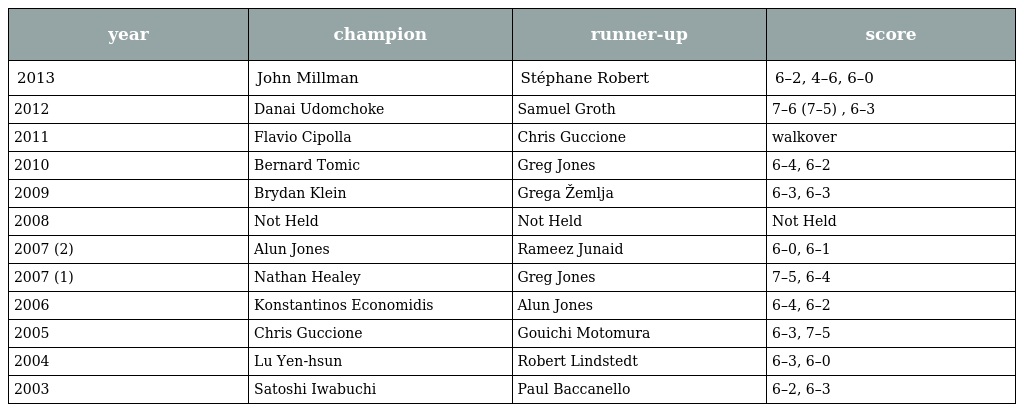
| year | champion | runner-up | score |
 | --- | --- | --- | --- |
 | 2013 | John Millman | Stéphane Robert | 6–2, 4–6, 6–0 |
 | 2012 | Danai Udomchoke | Samuel Groth | 7–6 (7–5) , 6–3 |
 | 2011 | Flavio Cipolla | Chris Guccione | walkover |
 | 2010 | Bernard Tomic | Greg Jones | 6–4, 6–2 |
 | 2009 | Brydan Klein | Grega Žemlja | 6–3, 6–3 |
 | 2008 | Not Held | Not Held | Not Held |
 | 2007 (2) | Alun Jones | Rameez Junaid | 6–0, 6–1 |
 | 2007 (1) | Nathan Healey | Greg Jones | 7–5, 6–4 |
 | 2006 | Konstantinos Economidis | Alun Jones | 6–4, 6–2 |
 | 2005 | Chris Guccione | Gouichi Motomura | 6–3, 7–5 |
 | 2004 | Lu Yen-hsun | Robert Lindstedt | 6–3, 6–0 |
 | 2003 | Satoshi Iwabuchi | Paul Baccanello | 6–2, 6–3 |